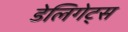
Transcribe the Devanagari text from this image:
डेलिगेट्स